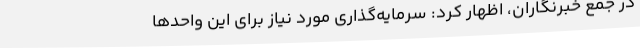
در جمع خبرنگاران، اظهار کرد: سرمایه‌گذاری مورد نیاز برای این واحدها